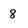
Character: 8